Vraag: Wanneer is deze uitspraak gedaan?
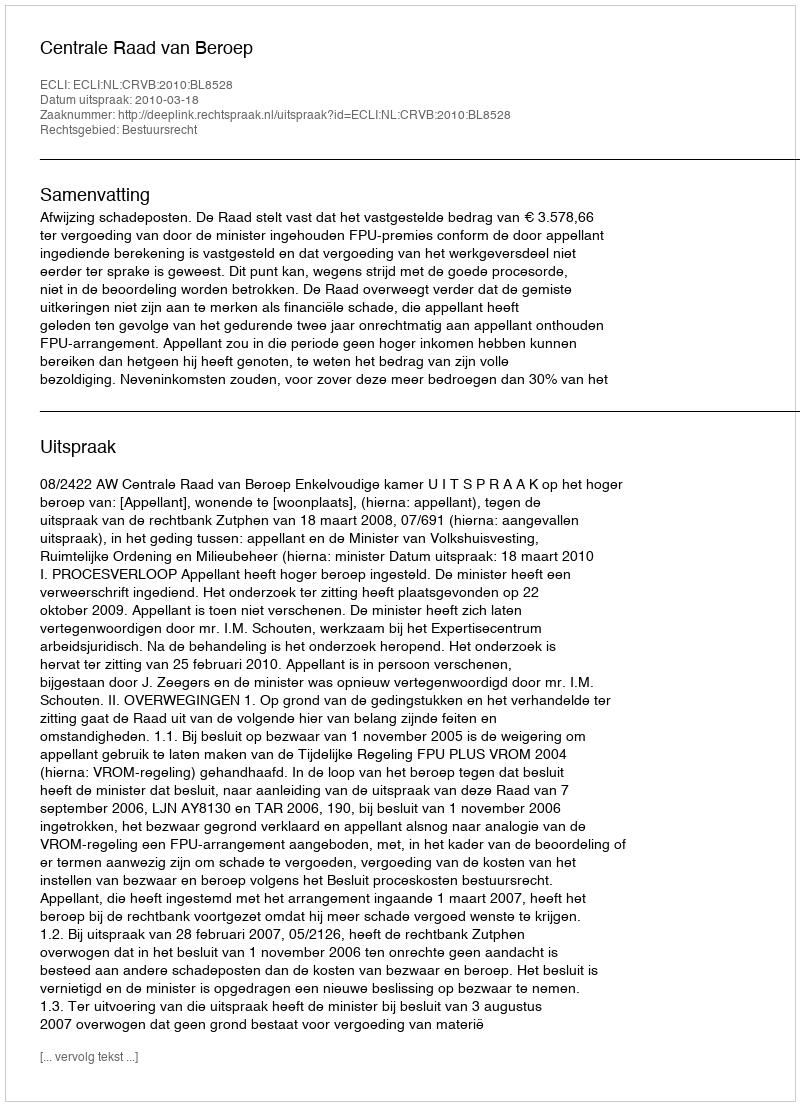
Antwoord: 2010-03-18